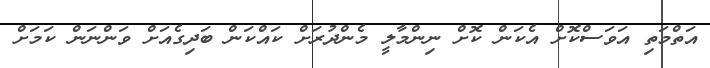
އަތްމަތި އަވަސްކޮށް އެކަން ކޮށް ނިންމާލީ މެންދުރަށް ކައްކަން ބަދިގެއަށް ވަންނަން ކަމަށް